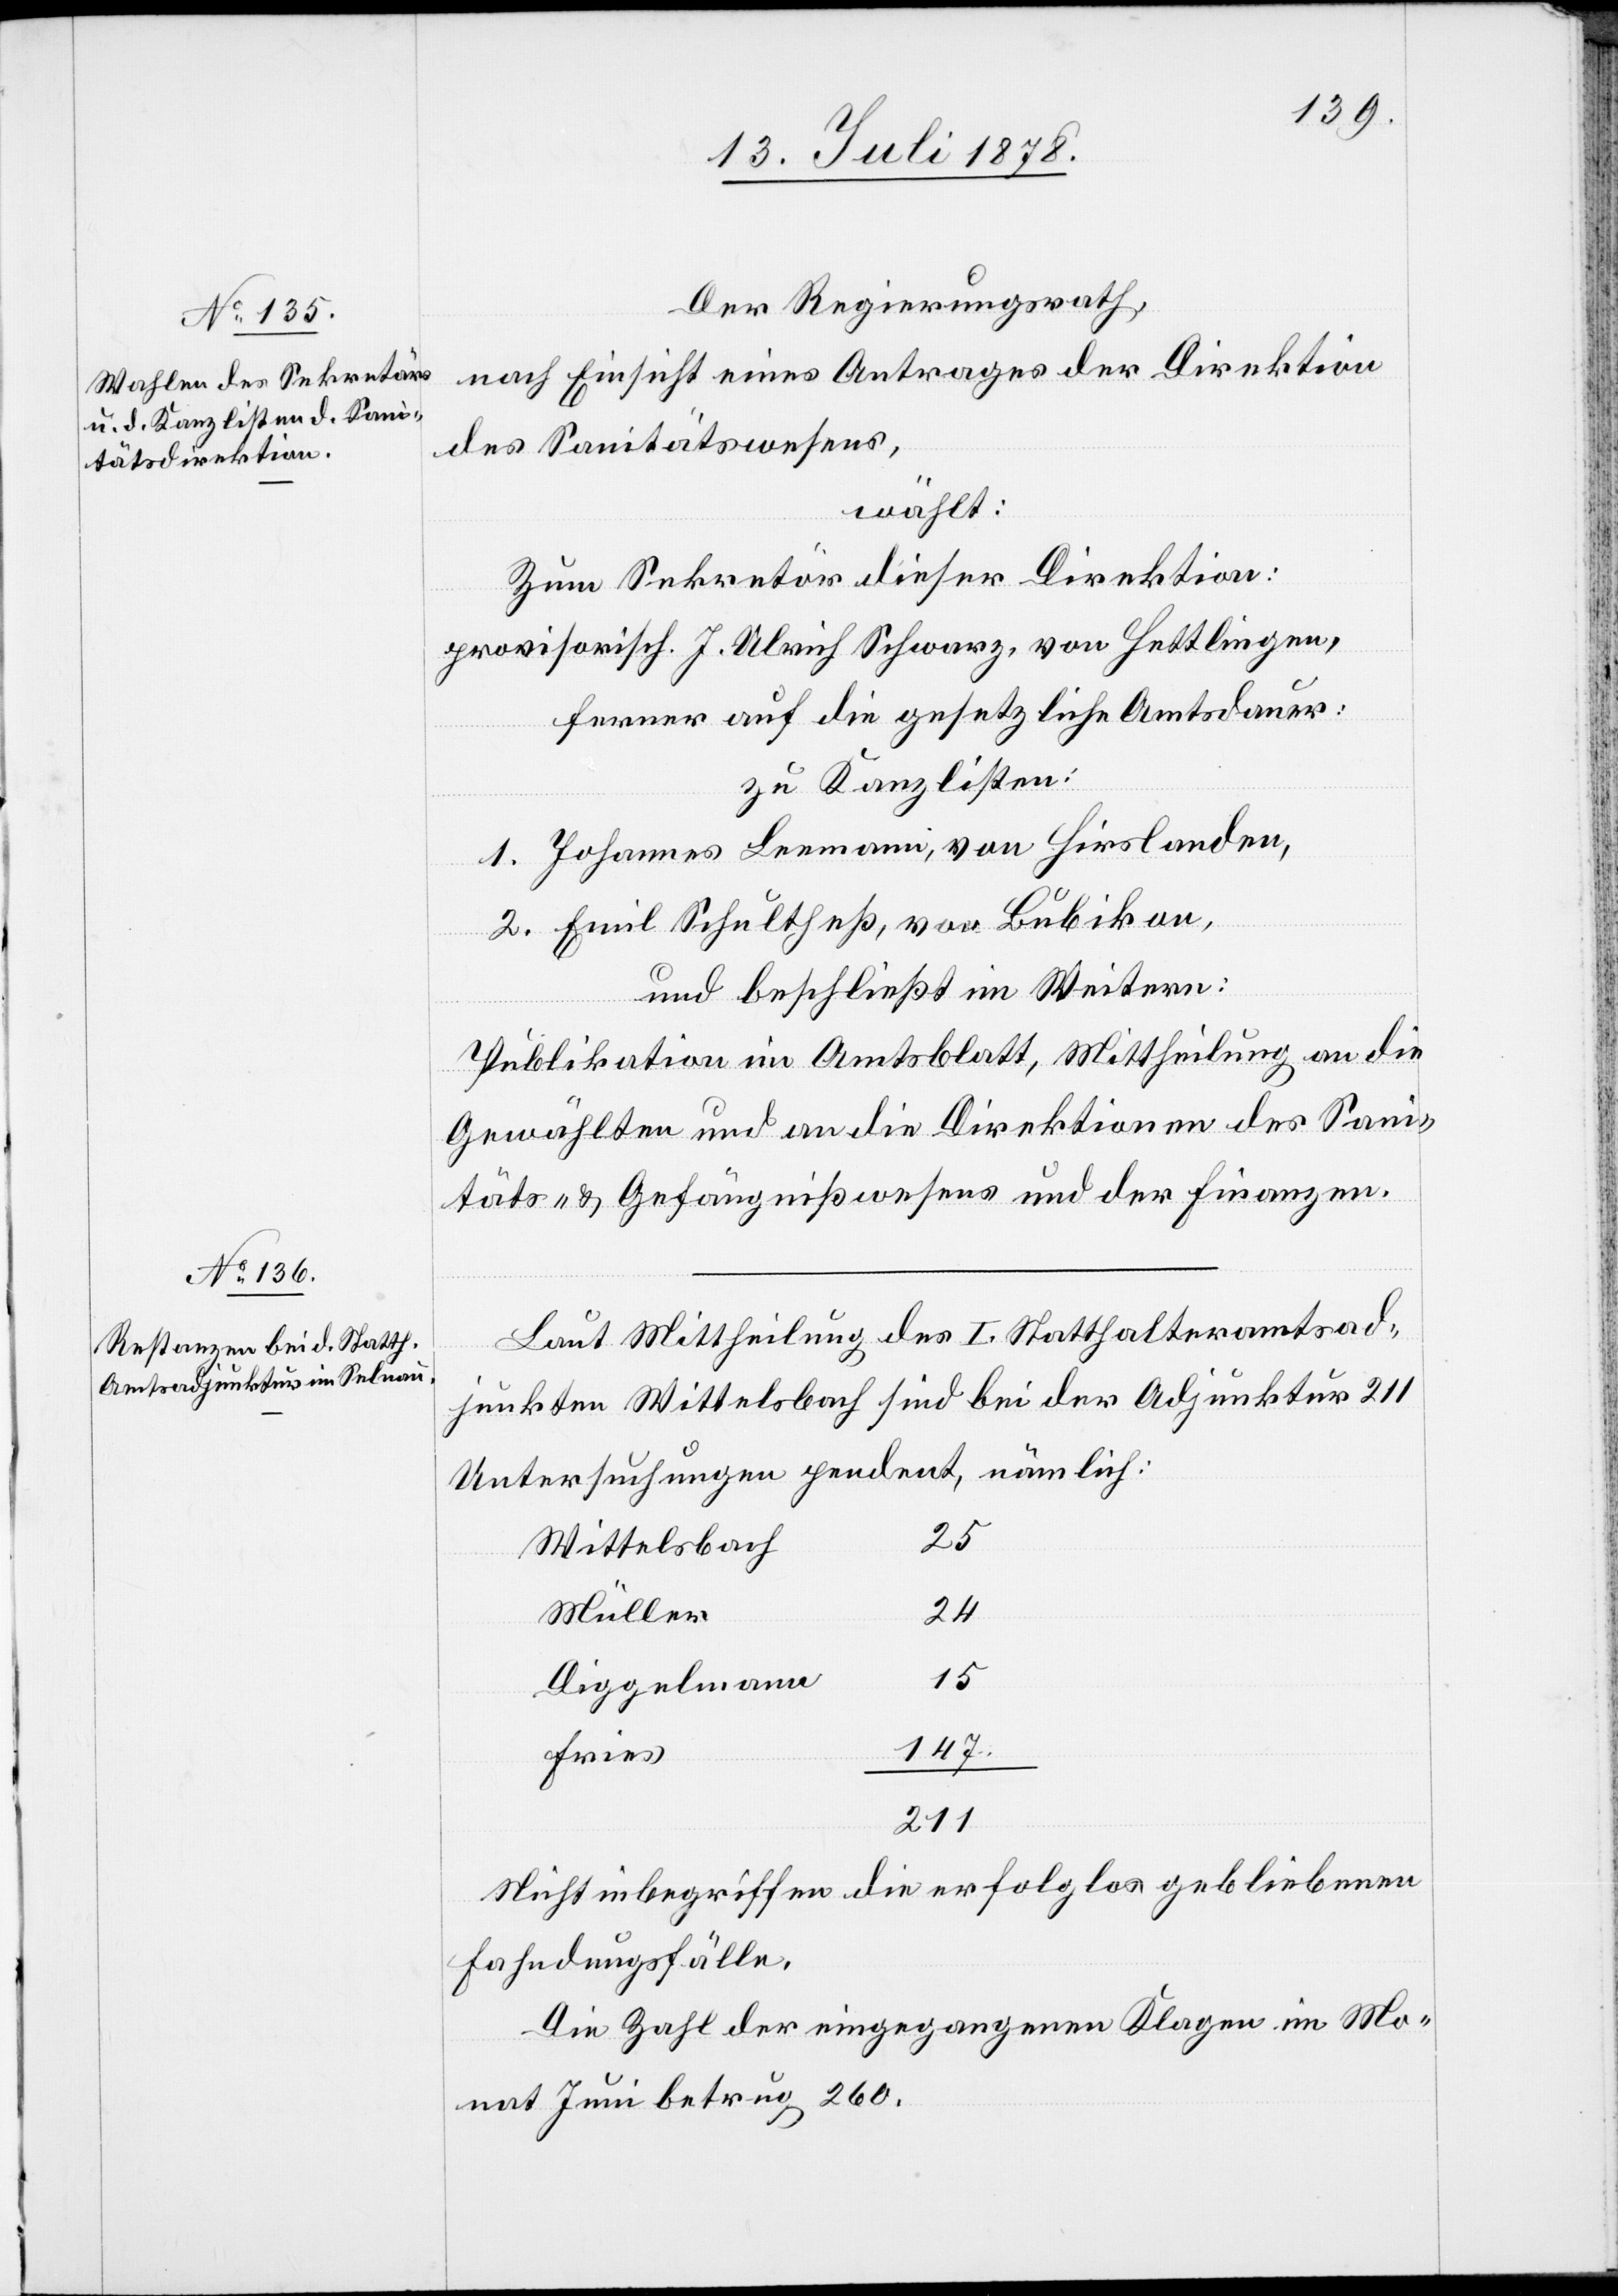
Der Regierungsrath,
nach Einsicht eines Antrages der Direktion
des Sanitätswesen,
wählt:
Zum Sekretär dieser Direktion:
provisorisch J. Ulrich Schwarz, von Hettlingen,
ferner auf die gesetzliche Amtsdauer:
zu Kanzlisten;
1. Johannes Leemann, von Hirslanden,
2. Emil Schultheß, von Bubikon,
und beschließt im Weitern:
Publikation im Amtsblatt, Mittheilung an die
Gewählten und an die Direktionen des Sani¬
täts- & Gefängnißwesens und der Finanzen.
Laut Mittheilung des I. Statthalteramtsad¬
junkten Wittelsbach sind bei der Adjunktur 211
Untersuchungen pendent, nämlich:
25
Wittelsbach
24
Müller
15
Diggelmann
147.
Fries
211
Nicht inbegriffen die erfolglos gebliebenen
Fahndungsfälle.
Die Zahl der eingegangenen Klagen im Mo¬
nat Juni betrug 260.